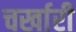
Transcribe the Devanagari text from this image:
चर्खारी